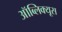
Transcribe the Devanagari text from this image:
ऑब्लिक्यूस